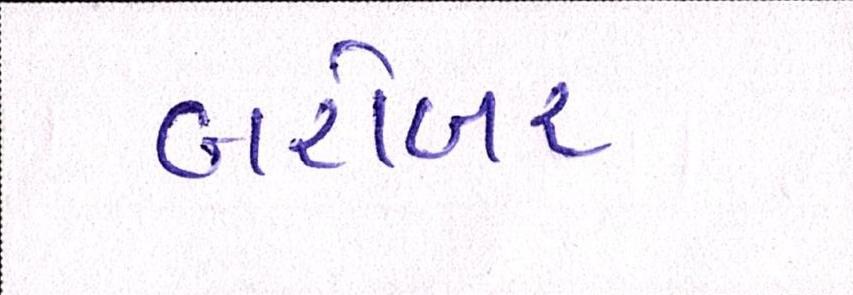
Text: બરોબર